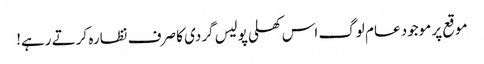
موقع پر موجود عام لوگ اس کھلی پولیس گردی کا صرف نظارہ کرتے رہے!